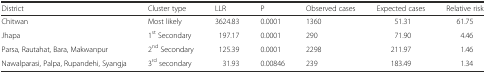
<table><thead><tr><td><b>District</b></td><td><b>Cluster type</b></td><td><b>LLR</b></td><td><b>P</b></td><td><b>Observed cases</b></td><td><b>Expected cases</b></td><td><b>Relative risk</b></td></tr></thead><tbody><tr><td>Chitwan</td><td>Most likely</td><td>3624.83</td><td>0.0001</td><td>1360</td><td>51.31</td><td>61.75</td></tr><tr><td>Jhapa</td><td>1<sup>st</sup> Secondary</td><td>197.17</td><td>0.0001</td><td>290</td><td>71.90</td><td>4.46</td></tr><tr><td>Parsa, Rautahat, Bara, Makwanpur</td><td>2<sup>nd</sup> Secondary</td><td>125.39</td><td>0.0001</td><td>2298</td><td>211.97</td><td>1.46</td></tr><tr><td>Nawalparasi, Palpa, Rupandehi, Syangja</td><td>3<sup>rd</sup> secondary</td><td>31.93</td><td>0.00846</td><td>239</td><td>183.49</td><td>1.34</td></tr></tbody></table>